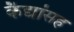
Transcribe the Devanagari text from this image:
कैद्यांसह